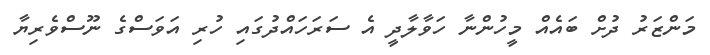
މަންޒަރު ދުށް ބައެއް މީހުންނާ ހަވާލާދީ އެ ސަރަހައްދުގައި ހުރި އަވަސްގެ ނޫސްވެރިޔާ